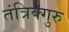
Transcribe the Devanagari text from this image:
तंत्रिक्गुरु